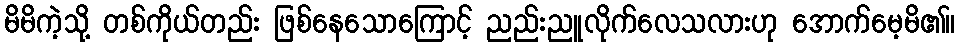
မိမိကဲ့သို့ တစ်ကိုယ်တည်း ဖြစ်နေသောကြောင့် ညည်းညူလိုက်လေသလားဟု အောက်မေ့မိ၏။